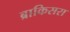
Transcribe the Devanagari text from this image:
ब्राकिसरा